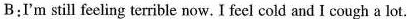
B:I'm still feeling terrible now.I feel cold and I cough a lot.